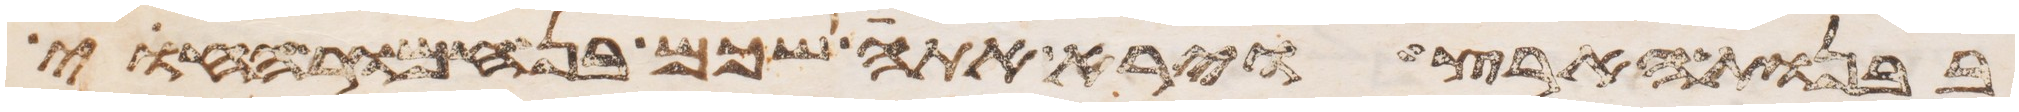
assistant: בבנות הארץ וירא אתה שכם בן חמור החוי